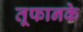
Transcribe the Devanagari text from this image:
तूफानके